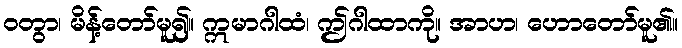
ဝတွာ၊ မိန့်တော်မူ၍။ ဣမာဂါထံ၊ ဤဂါထာကို။ အာဟ၊ ဟောတော်မူ၏။